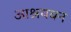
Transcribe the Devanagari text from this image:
आश्रयवन